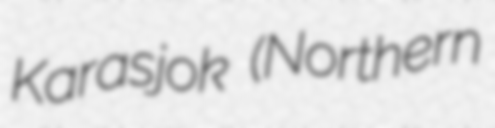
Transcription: Karasjok (Northern